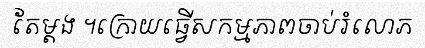
តែម្តង ។ក្រោយធ្វើសកម្មភាពចាប់រំលោភ